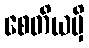
စေတိယမှိ